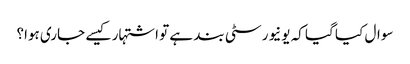
سوال کیا گیا کہ یونیورسٹی بند ہے تو اشتہار کیسے جاری ہوا؟